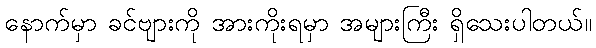
နောက်မှာ ခင်ဗျားကို အားကိုးရမှာ အများကြီး ရှိသေးပါတယ်။